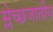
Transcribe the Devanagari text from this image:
म्लेच्छजातीय